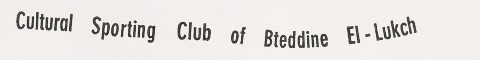
Cultural Sporting Club of Bteddine El-Lukch